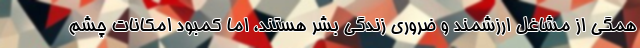
همگی از مشاغل ارزشمند و ضروری زندگی بشر هستند، اما کمبود امکانات چشم